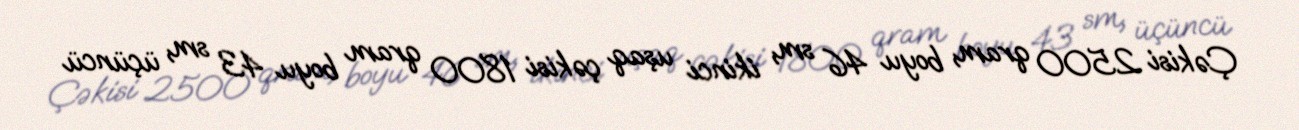
Çəkisi 2500 qram, boyu 46 sm, ikinci uşaq çəkisi 1800 qram boyu 43 sm, üçüncü